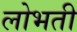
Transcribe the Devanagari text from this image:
लोभती